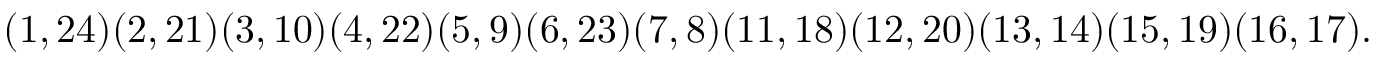
( 1 , 2 4 ) ( 2 , 2 1 ) ( 3 , 1 0 ) ( 4 , 2 2 ) ( 5 , 9 ) ( 6 , 2 3 ) ( 7 , 8 ) ( 1 1 , 1 8 ) ( 1 2 , 2 0 ) ( 1 3 , 1 4 ) ( 1 5 , 1 9 ) ( 1 6 , 1 7 ) .